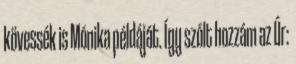
kövessék is Mónika példáját. Így szólt hozzám az Úr: